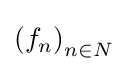
\left(f_{n}\right)_{n\in N}